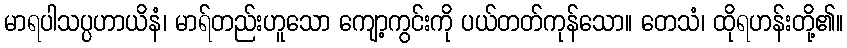
မာရပါသပ္ပဟာယိနံ၊ မာရ်တည်းဟူသော ကျော့ကွင်းကို ပယ်တတ်ကုန်သော။ တေသံ၊ ထိုရဟန်းတို့၏။